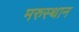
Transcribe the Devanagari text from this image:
मरुस्थान